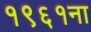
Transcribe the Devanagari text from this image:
१९६१ना